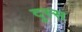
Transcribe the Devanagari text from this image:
दुस्स